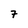
Character: 7